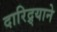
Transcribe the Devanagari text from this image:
दारिद्र्याने